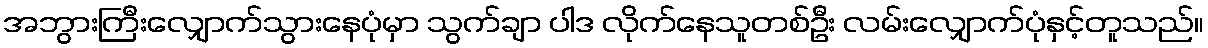
အဘွားကြီးလျှောက်သွားနေပုံမှာ သွက်ချာ ပါဒ လိုက်နေသူတစ်ဦး လမ်းလျှောက်ပုံနှင့်တူသည်။